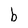
Character: b